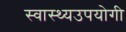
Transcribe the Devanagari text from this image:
स्वास्थ्यउपयोगी